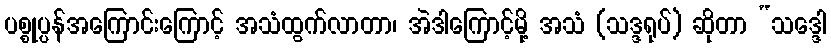
ပစ္စုပ္ပန်အကြောင်းကြောင့် အသံထွက်လာတာ၊ အဲဒါကြောင့်မို့ အသံ (သဒ္ဒရုပ်) ဆိုတာ “သဒ္ဒေါ